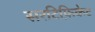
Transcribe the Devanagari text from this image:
सरटिफ़िकेट